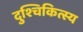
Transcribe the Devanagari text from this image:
दुश्चिकित्स्य